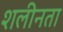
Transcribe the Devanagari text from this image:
शलीनता